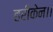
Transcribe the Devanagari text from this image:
हरीकेन।।